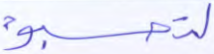
لتحسبوه